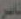
ناصر